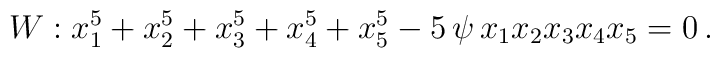
W: x_1^5 + x_2^5 + x_3^5 + x_4^5 + x_5^5 - 5 \, \psi \, x_1 x_2 x_3 x_4 x_5 = 0 \,.